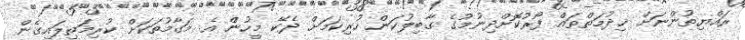
ރައްޔިތުންނަށް ޚިދުމަތްތައް ފޯރުކޮށްދިނުމުގެ ގާބިލުކަން ހުރިކަމަށް ދެކޭ މީހުން އެ މަގާމުތަކަށް ކުރިމަތިލައިގެން